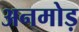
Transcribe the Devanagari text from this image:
अनमोड़